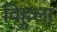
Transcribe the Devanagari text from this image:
विहुला